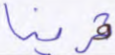
قرينا